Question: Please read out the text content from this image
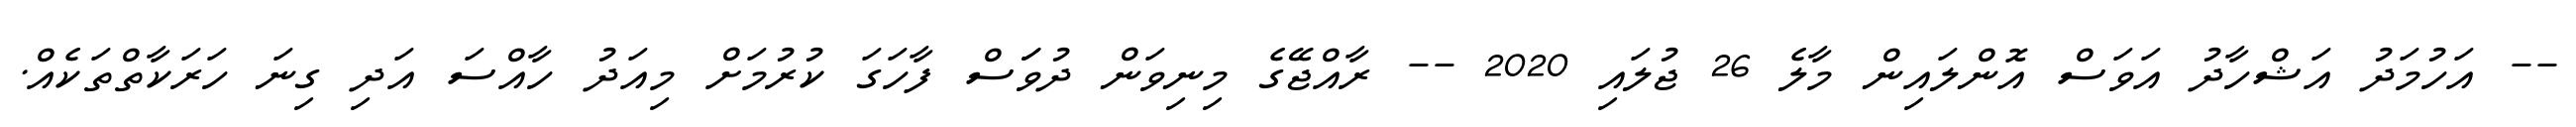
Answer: -- އަހުމަދު އަޝްހާދު އަވަސް އޮންލައިން މާލެ 26 ޖުލައި 2020 -- ރާއްޖޭގެ މިނިވަން ދުވަަސް ފާހަގަ ކުރުމަށް މިއަދު ހާއްސަ އަދި ގިނަ ހަރަކާތްތަކެއް.